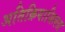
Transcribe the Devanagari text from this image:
अतिक्रियाशिलता